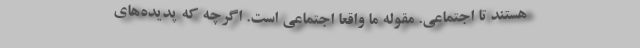
هستند تا اجتماعی. مقوله ما واقعاً اجتماعی است. اگرچه که پدیده‌های